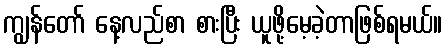
ကျွန်တော် နေ့လည်စာ စားပြီး ယူဖို့မေ့ခဲ့တာဖြစ်ရမယ်။